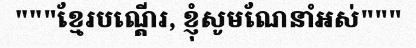
"""ខ្មែរបណ្តើរ, ខ្ញុំសូមណែនាំអស់"""